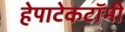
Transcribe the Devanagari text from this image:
हेपाटेकटॉमी